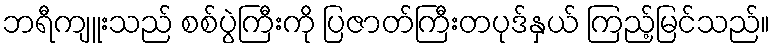
ဘရီကျူးသည် စစ်ပွဲကြီးကို ပြဇာတ်ကြီးတပုဒ်နှယ် ကြည့်မြင်သည်။